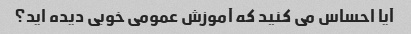
آیا احساس می کنید که آموزش عمومی خوبی دیده اید؟